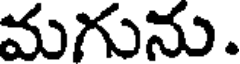
మగును.